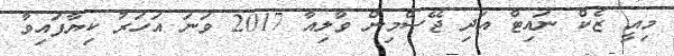
މިއީ ޒެކް ނައިޓް އަދި ޖޭސްމިން ވާލިއާ 2017 ވަނަ އަހަރު ކިޔާފައިވާ